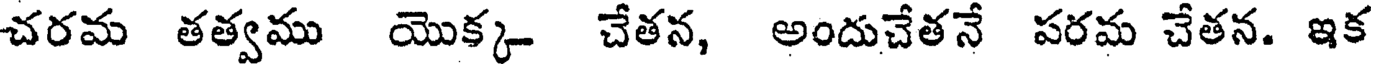
చరమ తత్వము యొక్క చేతన, అందుచేతనే పరమ చేతన. ఇక